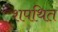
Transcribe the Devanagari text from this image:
शपथित